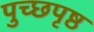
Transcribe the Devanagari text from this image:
पुच्छपृष्ठ